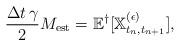
LaTeX: \begin{align*} \frac{\Delta t \,\gamma}{2} M_{\rm est} =\mathbb{E}^\dagger [ \mathbb{X}^{(\epsilon)}_{t_n,t_{n+1}}],\end{align*}